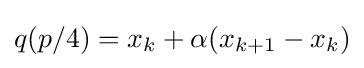
q(p/4)=x_{k}+\alpha (x_{k+1}-x_{k})